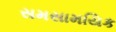
સમસામયિક